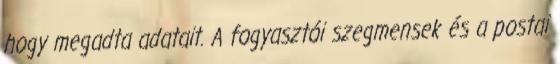
hogy megadta adatait. A fogyasztói szegmensek és a postai